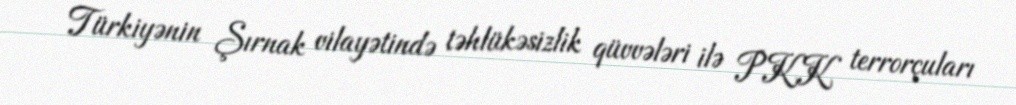
Türkiyənin Şırnak vilayətində təhlükəsizlik qüvvələri ilə PKK terrorçuları